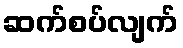
ဆက်စပ်လျက်